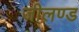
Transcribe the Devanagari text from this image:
जीलण्ड